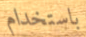
باستخدام